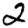
Digit: 2